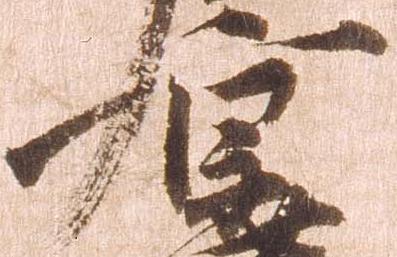
京